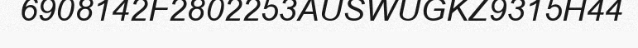
6908142F2802253AUSWUGKZ9315H44